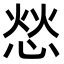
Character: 𫺞